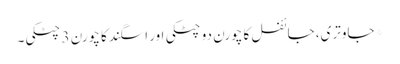
* جاوتری، جائفل کا چورن دو چٹکی اور اسگند کا چورن 3 چٹکی۔